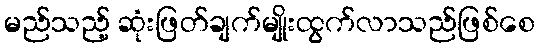
မည်သည့် ဆုံးဖြတ်ချက်မျိုးထွက်လာသည်ဖြစ်စေ